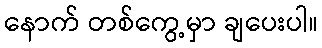
နောက် တစ်ကွေ့မှာ ချပေးပါ။